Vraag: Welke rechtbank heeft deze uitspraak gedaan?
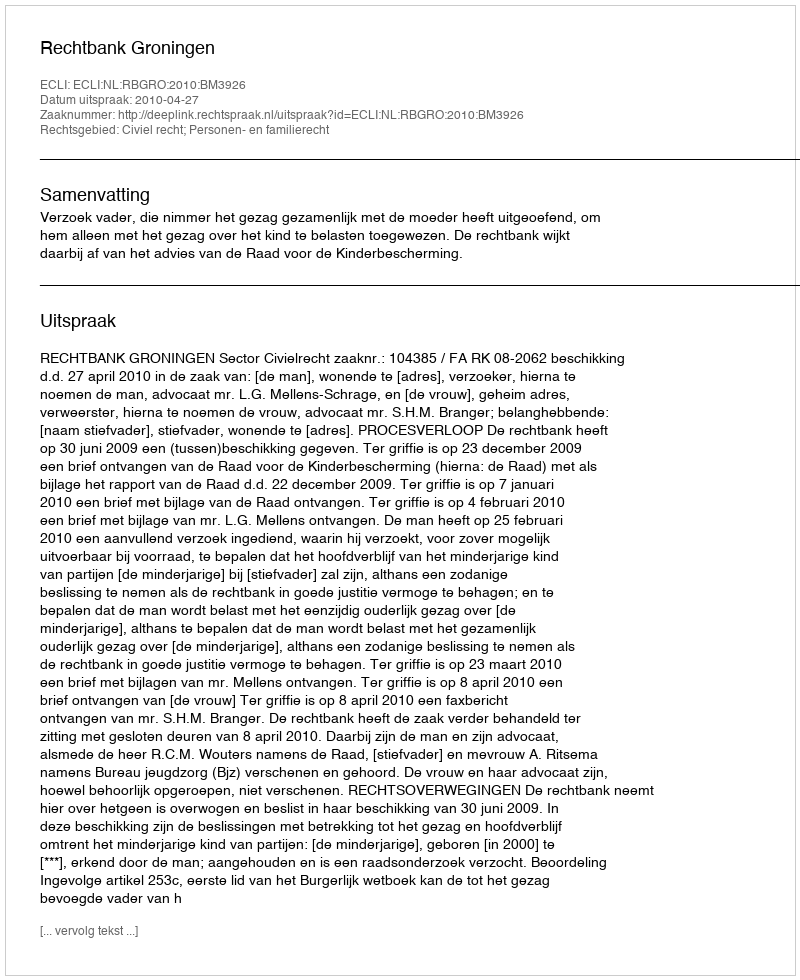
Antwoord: Rechtbank Groningen